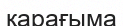
қарағыма